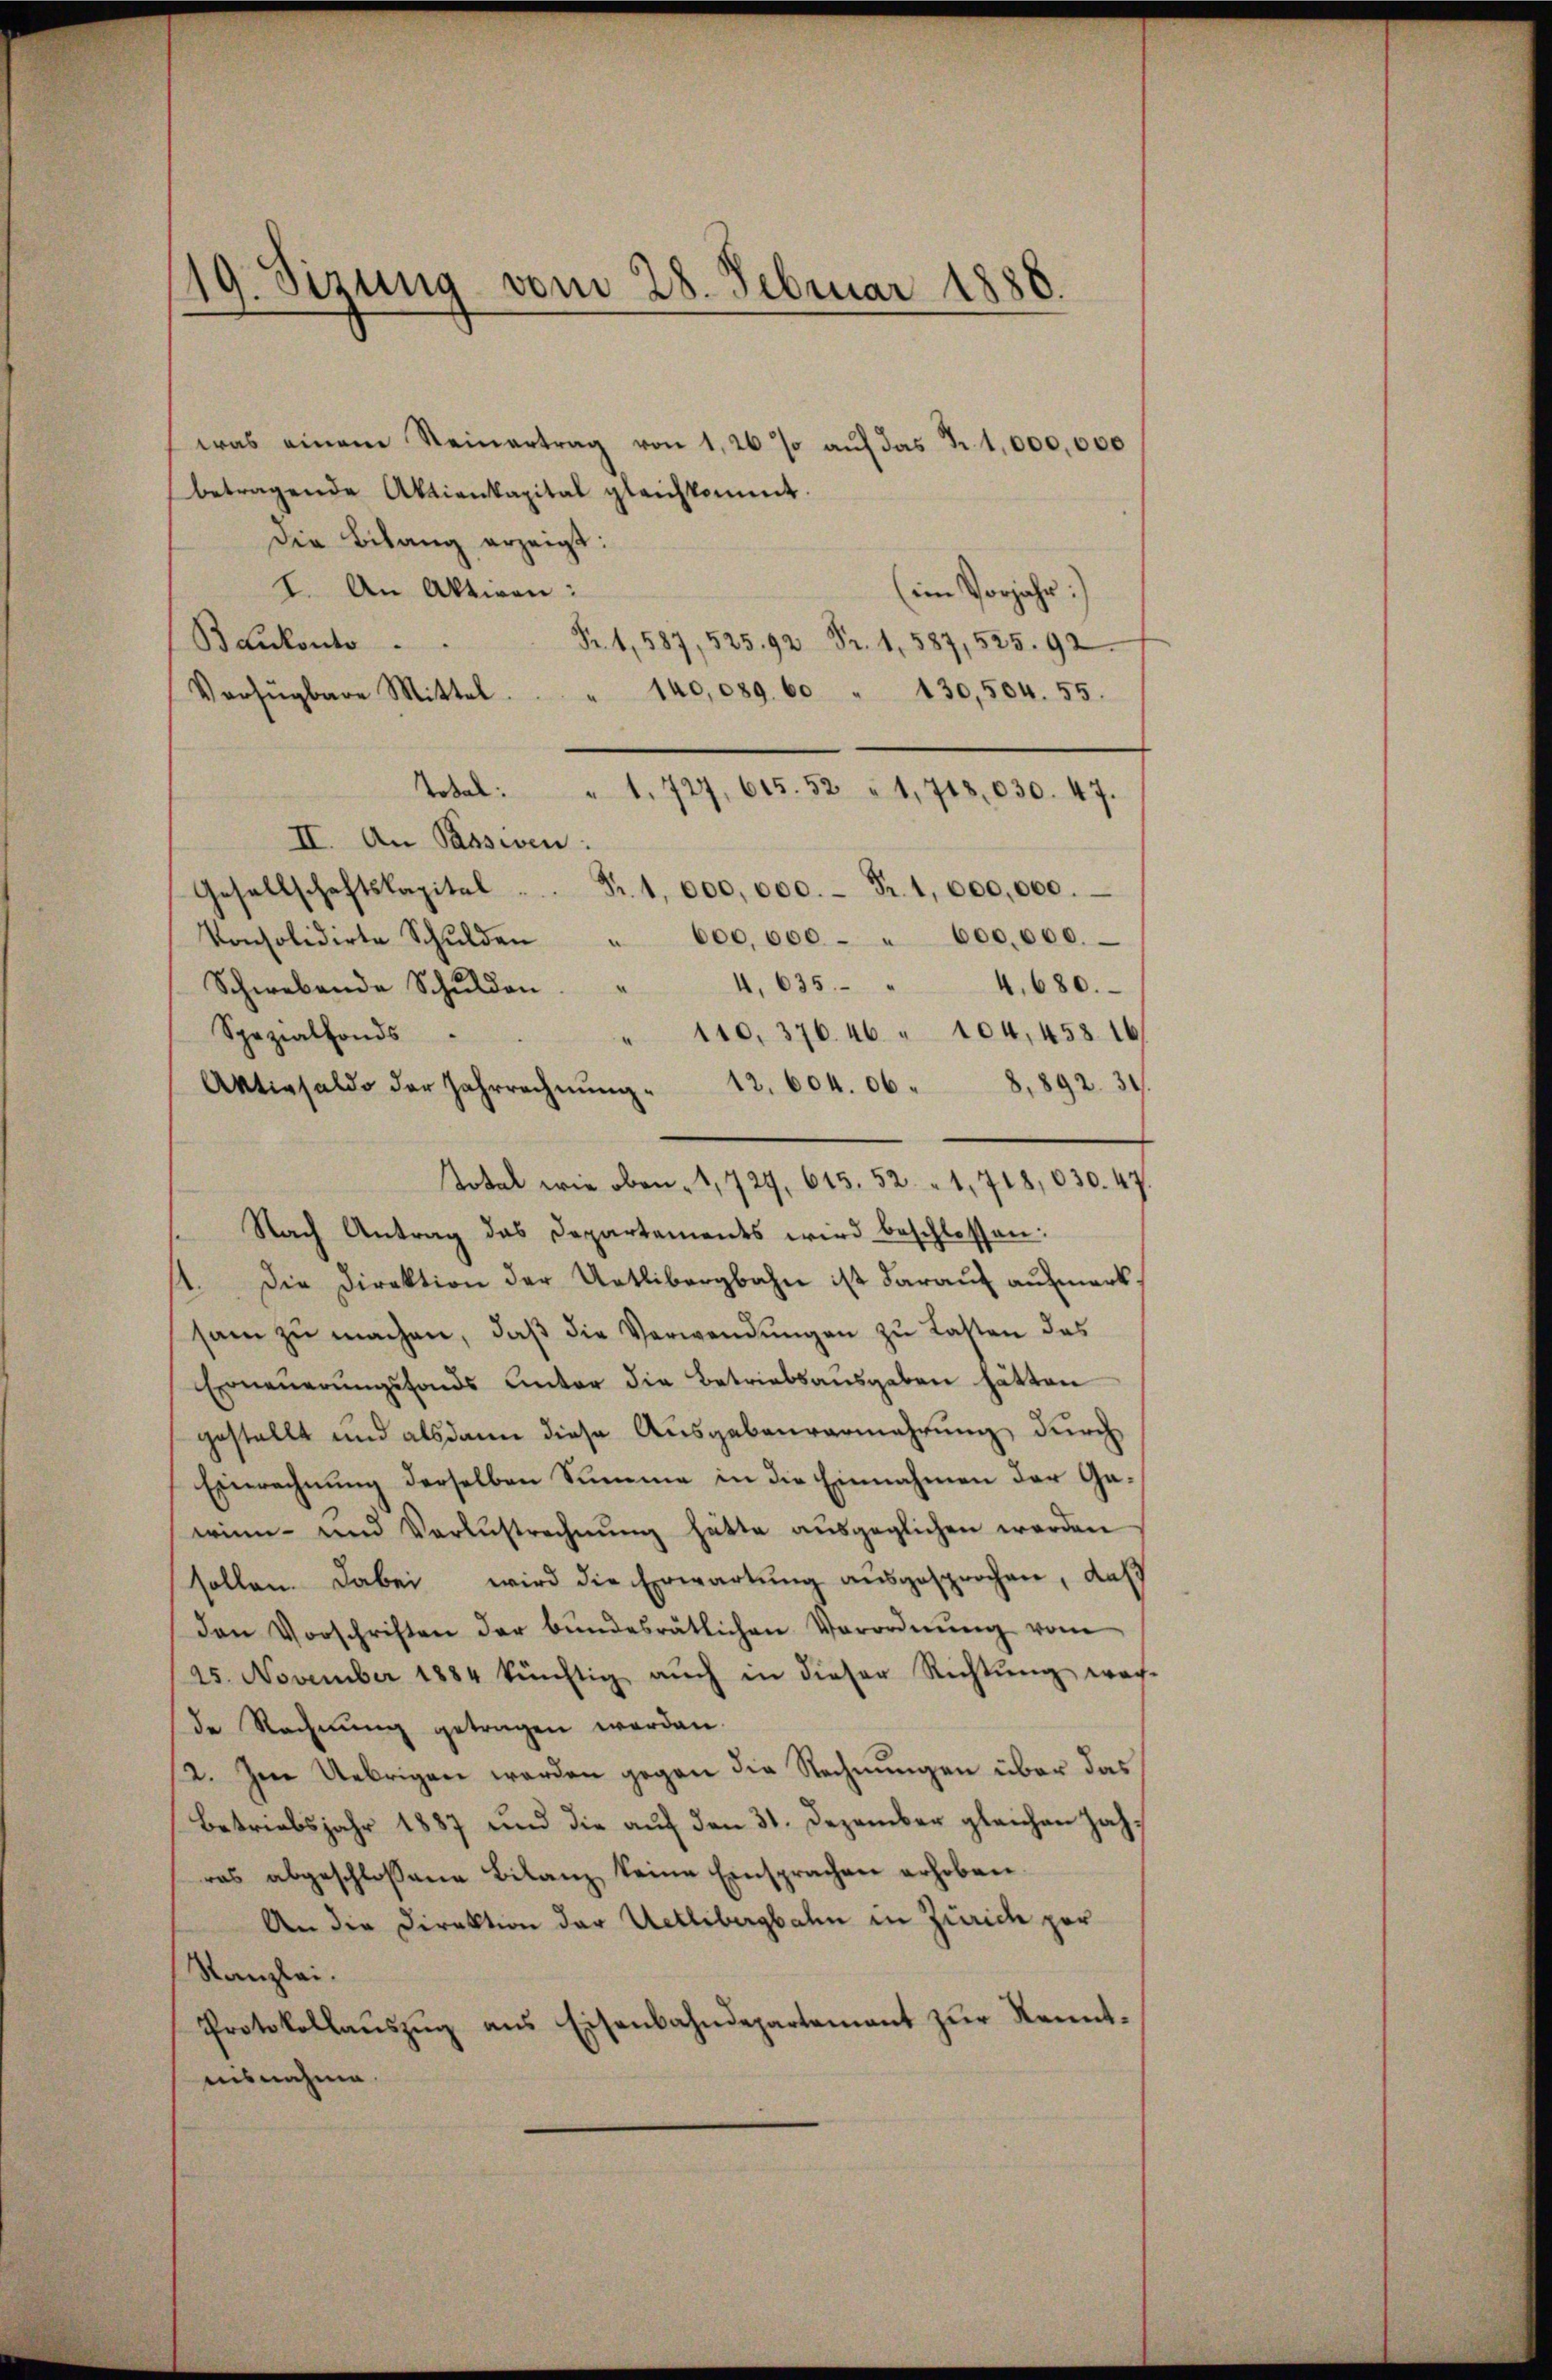
19. Sizung vom 28. Februar 1888.

was einem Steinertrag von 1,26 % aŭf das J. 1,000,000
betragende Aktienkapital gleichkommt.
Die Belang erzeigt:
I. An Aktiven:
(im Vorjahr.)
Bankonto
Fr. 1, 587, 525. 92 Fr. 1. 587, 525. 92
Verfügbare Mittel " 140,089. 60 " 130,504. 55.
Tobel: " 1. 727, 615. 52 " 1,748,030. 47.
II. An Passiven.
Gesellschaftskapital . . Fr. 1 000,000.- Fr. 1 000,000.
konsolidirte Schŭlden " 600,000 - " 600,000.
Schwebende Schŭldon. " 4, 635. " 4. 680.
Spezialfonds.
" 110. 376. 46 " 104, 458 16
Nach Antrag das Departements wird beschlossen:
Die Direktion der Uetlibergbahn ist darauf aufmerk
.
sam zŭ machen, daβ die Verwendŭngen zu Lasten das
Erneuerungsfonds unter die Betriebsausgaben hätten
gestellt und alsdann diese Ausgebaurermehrung durch
Einrechnung derselben Summe in die Einnahmen der Gawinn und Verlustrechnŭng hätte ausgeglichen werden
sollen. Dabei wird die Erwartung aŭsgesprochen, daß
den Vorschriften der bŭndesrätlichen Verordnŭng vom
25. November 1884 künftig aŭch in dieser Richtŭng war
de Rechnung getragen werden.
12. Zu Uebrigen werden gegen die Rechnungen über das
Betriebsjahr 1887 und die auf den 31. Dezember gleichen Jahras abgeschlossene Bilanz keine Einsprachen erhoben.
An die Direktion der Uetlibergbahn in Zürich zur
Kanzlei.
Protokollaŭszŭg ans Eisenbahndepartement zŭr Kennt-
ausnahme.

Aktivsaldo der Jahrrechnŭng " 12. 604. 06 - 8. 892. 31.

Total wie oben . 1724, 615. 521, 718,030. 47